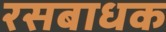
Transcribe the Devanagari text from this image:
रसबाधक